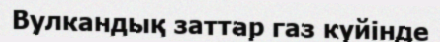
Вулкандық заттар газ күйінде